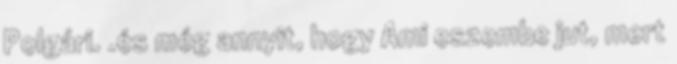
Polgári. .és még annyit, hogy Ami eszembe jut, mert